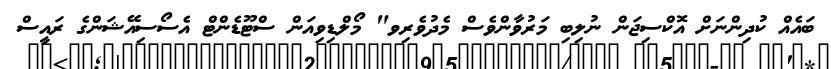
ބައެއް ކުދިންނަށް އޮކްސިޖަން ނުލިބި މަރުވާންވެސް މެދުވެރިވ" މޯލްޑިވިއަން ސްޓޫޑެންޓް އެސޯސިއޭޝަންގެ ރައީސް